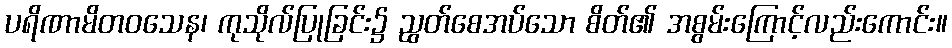
ပရိဏာမိတဝသေန၊ ကုသိုလ်ပြုခြင်း၌ ညွတ်စေအပ်သော စိတ်၏ အစွမ်းကြောင့်လည်းကောင်း။